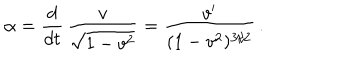
LaTeX: \alpha = \frac { d } { d t } \, \frac { v } { \sqrt { 1 - v ^ { 2 } } } = \frac { v ^ { \prime } } { ( 1 - v ^ { 2 } ) ^ { 3 / 2 } } \, .